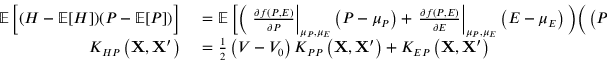
\small \begin{array} { r l } { \mathop { { } \mathbb { E } } \Big [ ( H - \mathop { { } \mathbb { E } } [ H ] ) ( P - \mathop { { } \mathbb { E } } [ P ] ) \Big ] } & { { } = \mathop { { } \mathbb { E } } \bigg [ \bigg ( \left. \frac { \partial f \left( P , E \right) } { \partial P } \right| _ { \mu _ { P } , \mu _ { E } } \left( P - \mu _ { P } \right) + \left. \frac { \partial f \left( P , E \right) } { \partial E } \right| _ { \mu _ { P } , \mu _ { E } } \left( E - \mu _ { E } \right) \bigg ) \bigg ( \left( P - \mu _ { P } \right) \bigg ) \bigg ] } \\ { K _ { H P } \left( \mathbf { X } , \mathbf { X } ^ { \prime } \right) } & { { } = \frac { 1 } { 2 } \left( V - V _ { 0 } \right) K _ { P P } \left( \mathbf { X } , \mathbf { X } ^ { \prime } \right) + K _ { E P } \left( \mathbf { X } , \mathbf { X } ^ { \prime } \right) } \end{array}